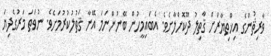
ވާރިޘުންގެ އިޚްތިޔާރަށް ޤާތިލު ދޫކޮށްލާށެވެ. އެބައިމީހުން ބޭނުންނަމަ އޭނާ ޤަތުލުކުރުމަށެވެ. ނުވަތަ މަރުގެދިޔަ